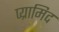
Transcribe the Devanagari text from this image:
प्य्रामिद